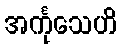
အင်္ကုသေဟိ